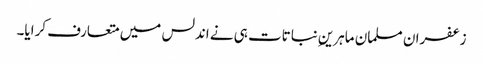
زعفران مسلمان ماہرینِ نباتات ہی نے اندلس میں متعارف کرایا۔